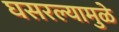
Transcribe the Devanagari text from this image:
घसरल्यामुळे